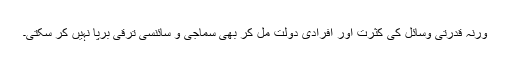
ورنہ قدرتی وسائل کی کثرت اور افرادی دولت مل کر بھی سماجی و سائنسی ترقی برپا نہیں کر سکتی۔